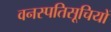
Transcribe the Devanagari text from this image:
वनस्पतिसूचियों